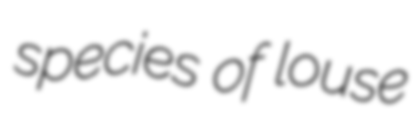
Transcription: species of louse